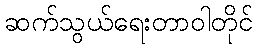
ဆက်သွယ်ရေးတာဝါတိုင်